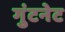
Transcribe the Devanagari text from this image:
गुंटनेट